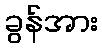
ခွန်အား